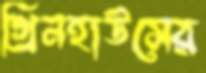
গ্রিনহাউসের